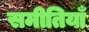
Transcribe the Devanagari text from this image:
समीतियाँ